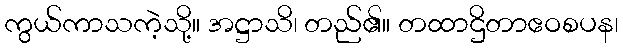
ကွယ်ကာသကဲ့သို့။ အဋ္ဌာသိ၊ တည်၏။ တထာဌိတာဧဝစပန၊